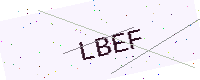
Text: LBEF